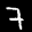
Label: 7